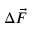
\Delta \vec { F }